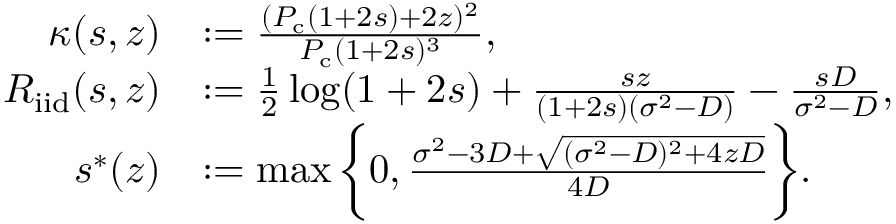
\begin{array} { r l } { \kappa ( s , z ) } & { : = \frac { ( P _ { \mathrm { c } } ( 1 + 2 s ) + 2 z ) ^ { 2 } } { P _ { \mathrm { c } } ( 1 + 2 s ) ^ { 3 } } , } \\ { R _ { \mathrm { { i i d } } } ( s , z ) } & { : = \frac { 1 } { 2 } \log ( 1 + 2 s ) + \frac { s z } { ( 1 + 2 s ) ( \sigma ^ { 2 } - D ) } - \frac { s D } { \sigma ^ { 2 } - D } , } \\ { s ^ { * } ( z ) } & { : = \operatorname* { m a x } \bigg \{ 0 , \frac { \sigma ^ { 2 } - 3 D + \sqrt { ( \sigma ^ { 2 } - D ) ^ { 2 } + 4 z D } } { 4 D } \bigg \} . } \end{array}